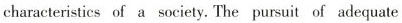
characteristics of a society. The pursuit of adequate